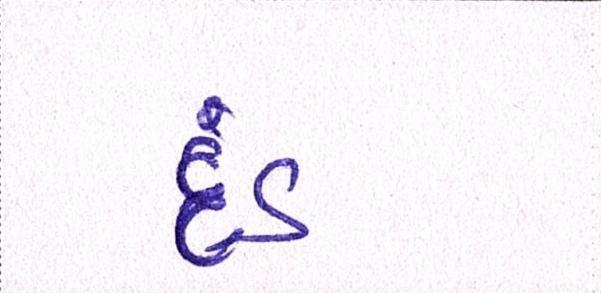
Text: દંડ